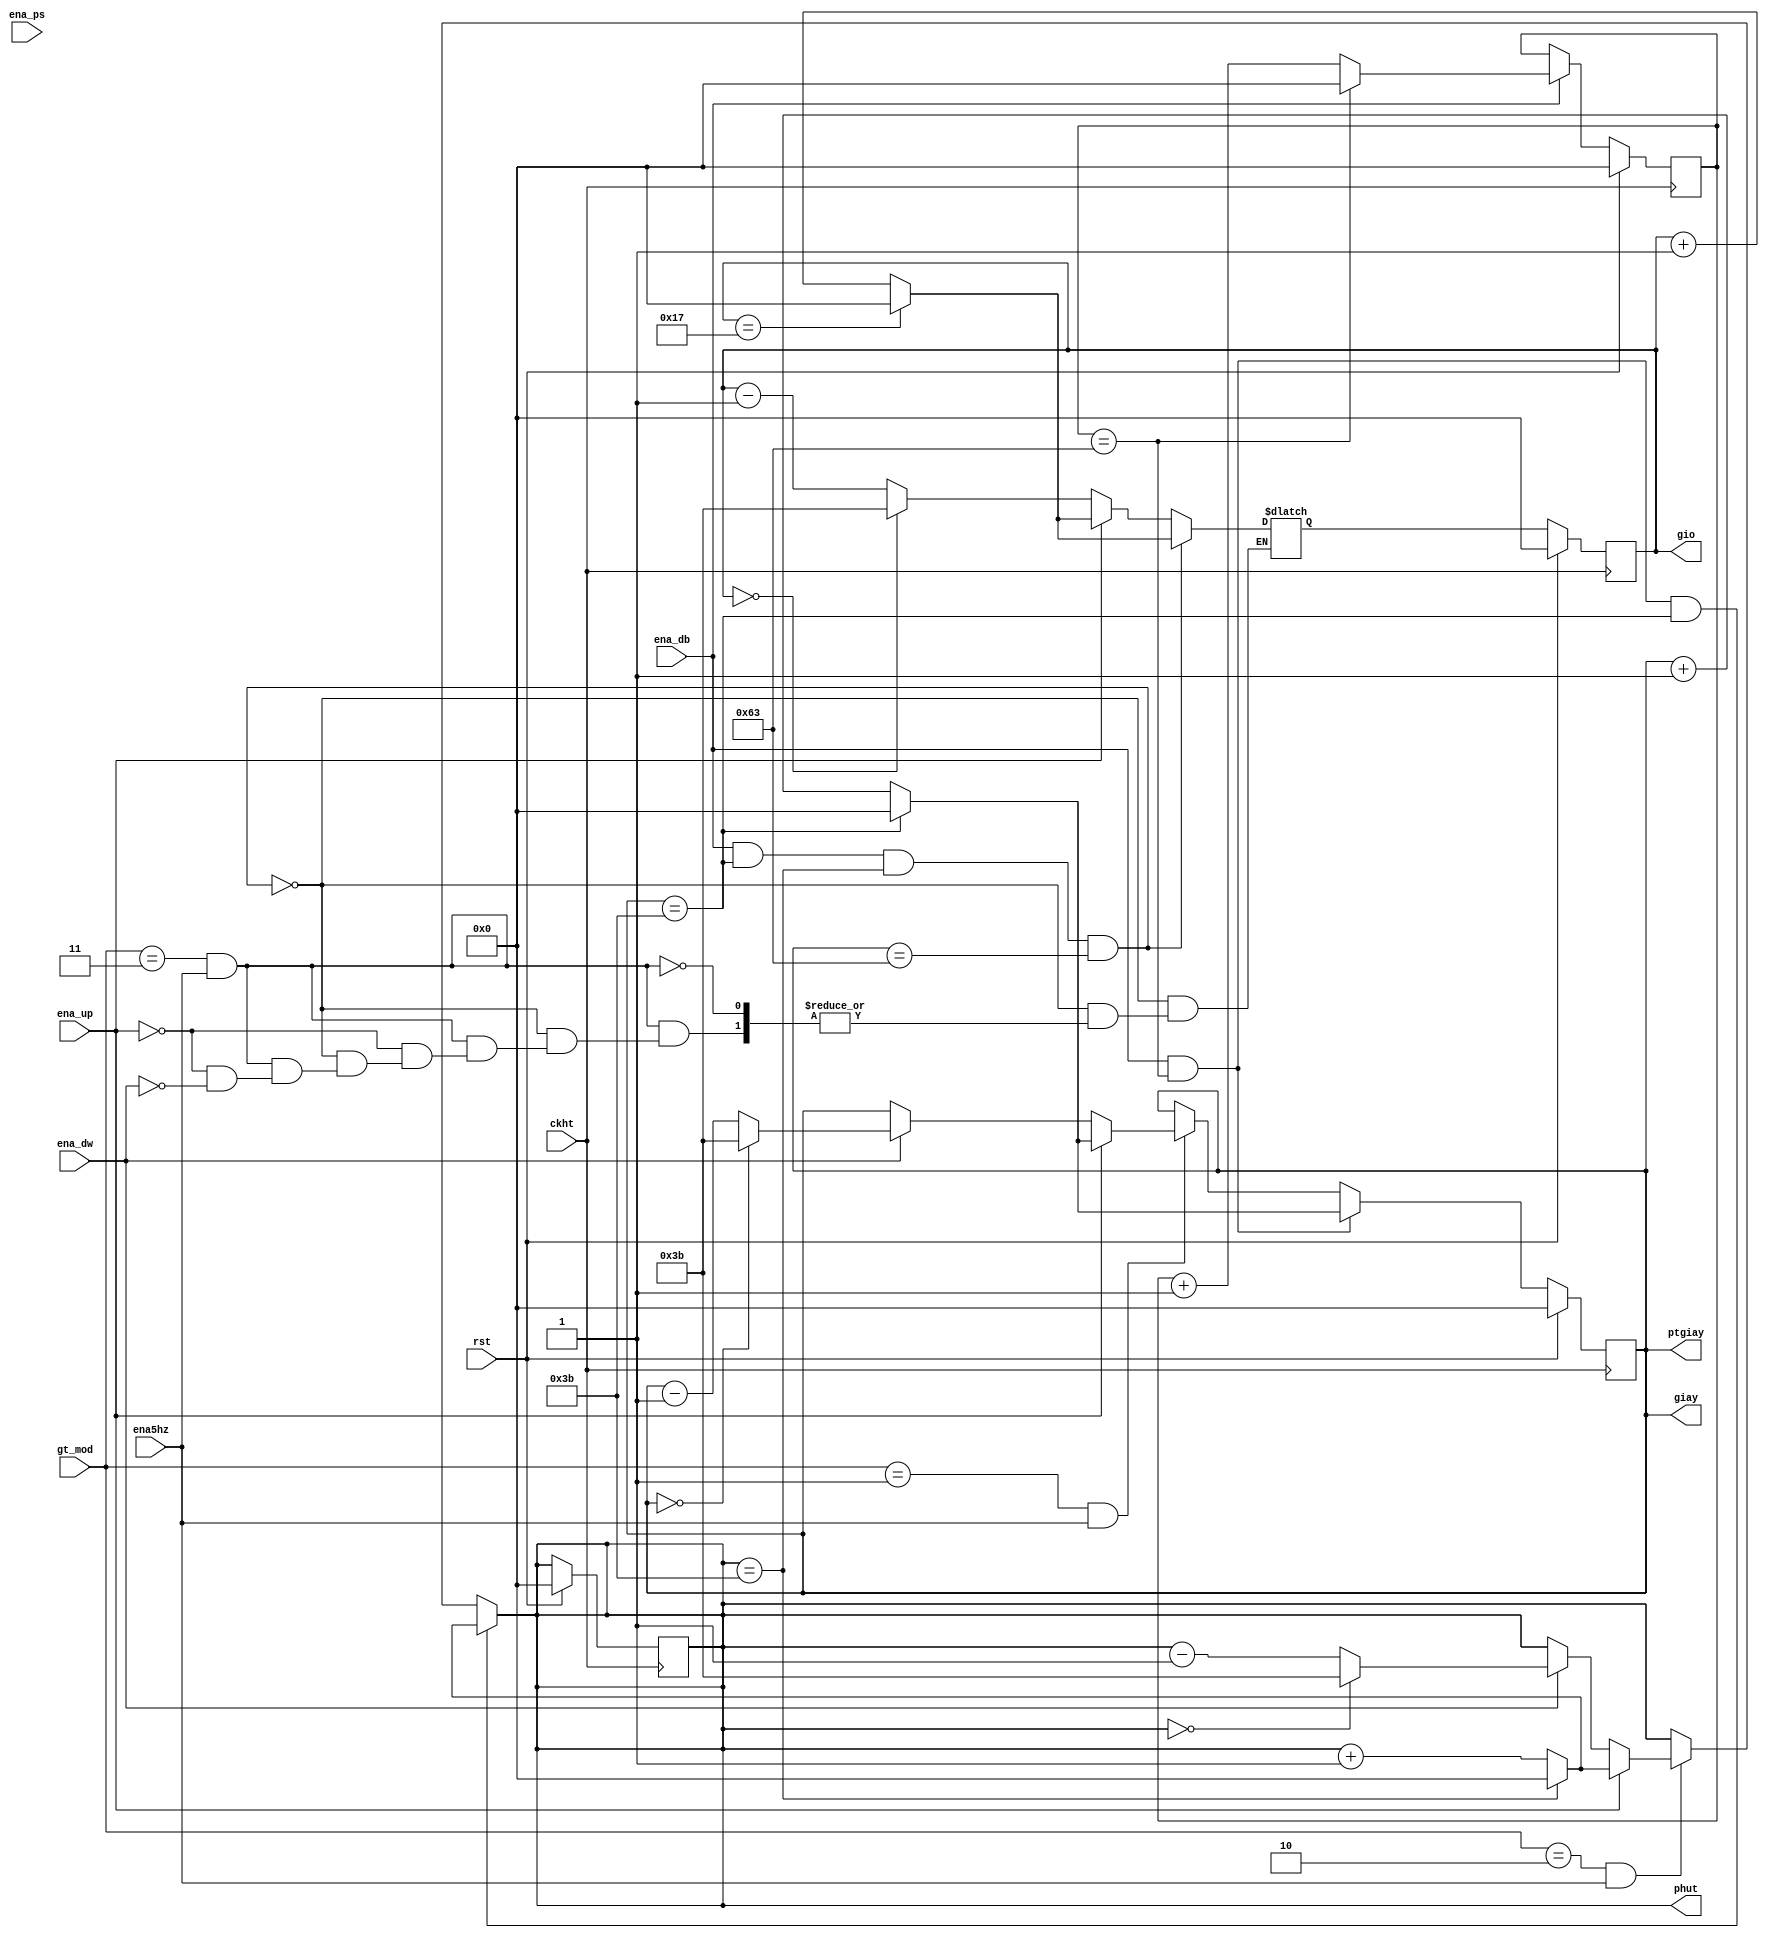
`timescale 1ns / 1ps
//////////////////////////////////////////////////////////////////////////////////
// Company: 
// Engineer: 
// 
// Design Name: 
// Module Name: Dem_GPG_MUD1
// Project Name: 
// Target Devices: 
// Tool Versions: 
// Description: 
// 
// Dependencies: 
// 
// Revision:
// Revision 0.01 - File Created
// Additional Comments:
// 
//////////////////////////////////////////////////////////////////////////////////


module Dem_GPG_MUD1(
    input ckht, rst, ena_db,
    input ena_up, ena_dw, ena_ps, ena5hz,
    input   [1:0] gt_mod,
    output  [6:0] gio,phut,giay,ptgiay
    );
    
reg [6:0] ptgiay_r, ptgiay_n;
reg [6:0] giay_r, giay_n;
reg [6:0] phut_r, phut_n;
reg [6:0] gio_r, gio_n;

//state register
always @(negedge ckht)
    if(rst)
        begin
            ptgiay_r = 0;
            giay_r = 0;
            phut_r = 0;
            gio_r = 0;
        end
    else
        begin
            ptgiay_r = ptgiay_n;
            giay_r = giay_n;
            phut_r = phut_n;
            gio_r = gio_n;
        end
//Next state logic
always @*
    begin
        ptgiay_n = ptgiay_r;
        if(ena_db)
            if(ptgiay_r == 99) ptgiay_n =0;
            else ptgiay_n = ptgiay_r +1;
     end   
always @*
    begin
        giay_n = giay_r;
        if((ena_db)&&(ptgiay_r == 99))
            if(giay_r == 59) giay_n = 0;
            else giay_n = giay_r +1;
        else if((gt_mod == 2'b01)&&(ena5hz))
            if(ena_up)
                if(giay_r == 59) giay_n = 0;
                else giay_n = giay_r +1;
        else if(ena_dw)
            if(giay_r == 0) giay_n = 59;
            else giay_n = giay_r -1;
    end
always @*
    begin
        phut_n = phut_r;
        if((ena_db)&&(ptgiay_r == 99)&&(giay_r == 59))
            if(phut_r == 59) phut_n = 0;
            else phut_n = phut_r +1;           
        else if((gt_mod == 2'b10)&&(ena5hz))
            if(ena_up)
                if(phut_r == 59) phut_n = 0;
                else phut_n = phut_r +1;
            else if(ena_dw)
                if(phut_r == 0) phut_n = 59;
                else phut_n = phut_r -1;
    end
always @*
    begin
        phut_n = phut_r;
        if((ena_db)&&(giay_r == 59)&&(phut_r == 59)&&(ptgiay == 99))
            if(gio_r == 23) gio_n = 0;
            else gio_n = gio_r +1;           
        else if((gt_mod == 2'b11)&&(ena5hz))
            if(ena_up)
                if(gio_r == 23) gio_n = 0;
                else gio_n = gio_r +1;
            else if(ena_dw)
                if(gio_r == 0) gio_n = 59;
                else gio_n = gio_r -1;
    end
//Output logic
    assign ptgiay = giay_r;
    assign giay = giay_r;
    assign phut = phut_r;
    assign gio = gio_r;
           
endmodule